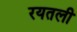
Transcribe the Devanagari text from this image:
रयतली